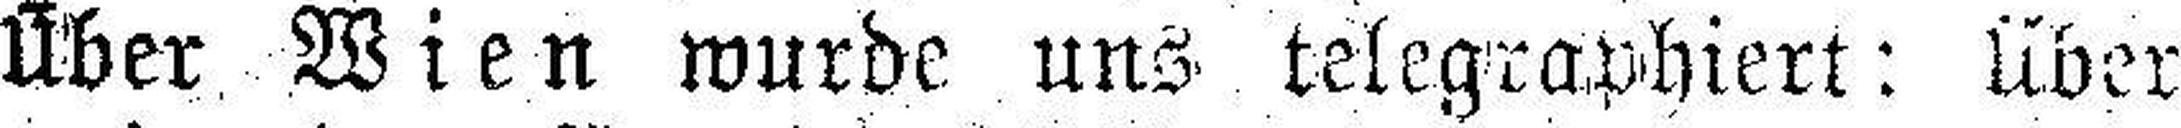
Über Wien wurde uns telegraphiert: über